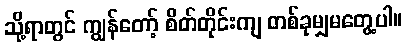
သို့ရာတွင် ကျွန်တော့် စိတ်တိုင်းကျ တစ်ခုမျှမတွေ့ပါ။